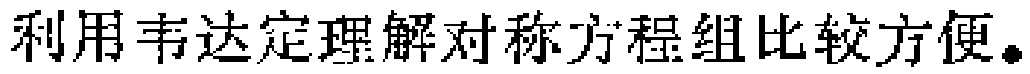
利用韦达定理解对称方程组比较方便。